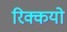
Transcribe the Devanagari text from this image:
रिक्कयो